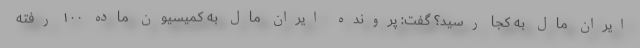
ایران مال به کجا رسید؟ گفت: پرونده ایران مال به کمیسیون ماده ۱۰۰ رفته